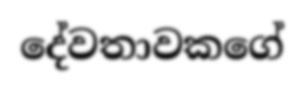
දේවතාවකගේ